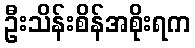
ဦးသိန်းစိန်အစိုးရက